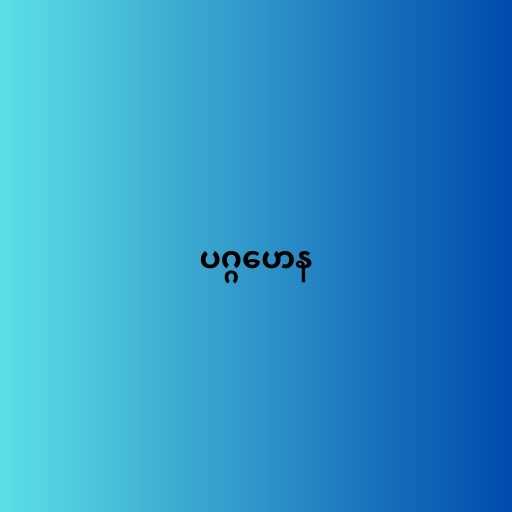
ပဂ္ဂဟေန